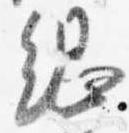
綱